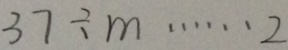
3 7 \div m \cdots 2